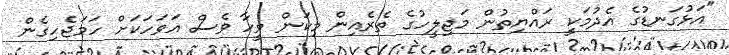
"އަޅުގަނޑުގެ އެދުމަކީ ރައްޔިތުން މަޖިލީހުގެ ތެރެއިން މިކަން ވީހާ ވެސް އަވަހަކަށް ހަމަޖެހިގެން